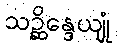
သဉ္ဆိန္ဒေယျုံ